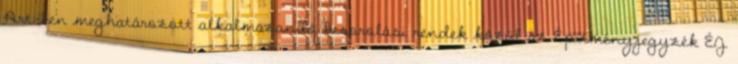
Art.-ben meghatározott alkalmazandó besorolási rendek közül az Építményjegyzék ÉJ